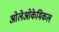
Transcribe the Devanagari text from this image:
ओलेओकेमिकल